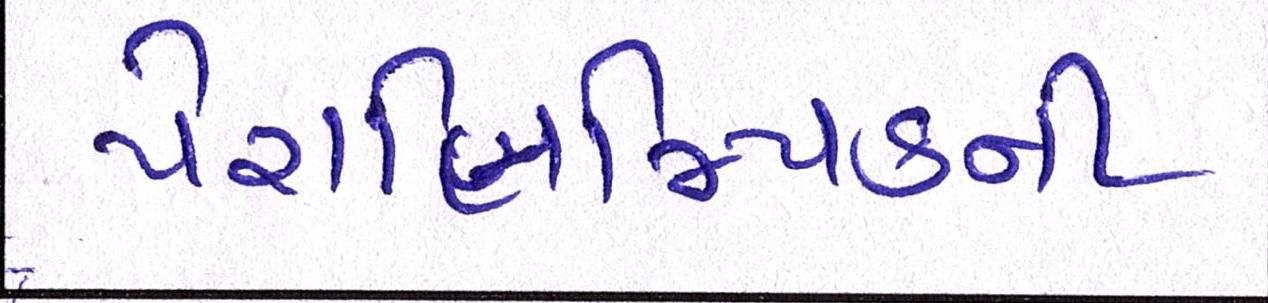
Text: પેરાલિમ્પિકની